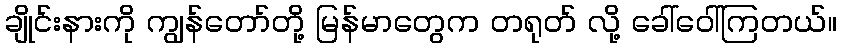
ချိုင်းနားကို ကျွန်တော်တို့ မြန်မာတွေက တရုတ် လို့ ခေါ်ဝေါ်ကြတယ်။